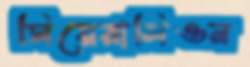
সিয়েরালিওন